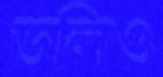
ডলিও